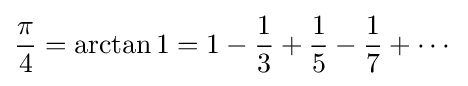
{\frac {\pi }{4}}=\arctan 1=1-{\frac {1}{3}}+{\frac {1}{5}}-{\frac {1}{7}}+\cdots